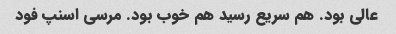
عالی بود. هم سریع رسید هم خوب بود. مرسی اسنپ فود